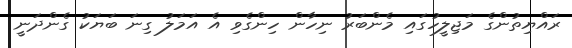
ރައްޔިތުންގެ މަޖިލީހުގައި މެންބަރު ނިހާން ހިންގެވި އެ އަމަލު ގިނަ ބަޔަކު ގެންދަނީ